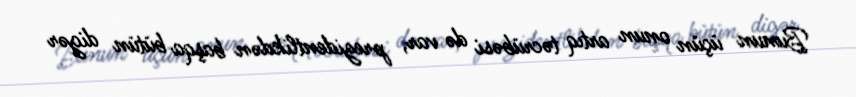
Bunun üçün onun artıq təcrübəsi də var, prezidentlikdən başqa bütün digər